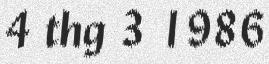
4 thg 3 1986